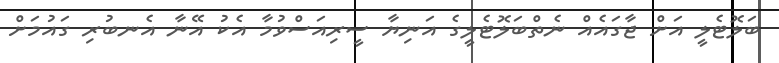
ބަލޮޓެލީ އަށް ޖާގައެއް ނެތްބަލޮޓެލީގެ އަނިޔާ ސީރިއަސްވުމާ އެކު އޭނާ އެނބުރި ގައުމަށް